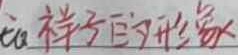
祥子的形象